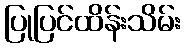
ပြုပြင်ထိန်းသိမ်း